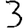
Digit: 3